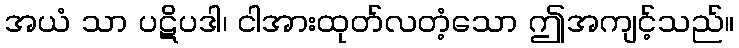
အယံ သာ ပဋိပဒါ၊ ငါအားထုတ်လတံ့သော ဤအကျင့်သည်။